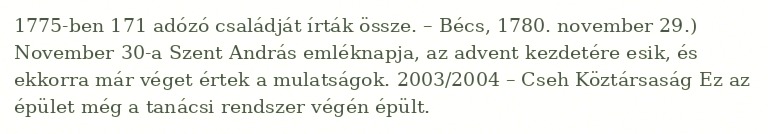
1775-ben 171 adózó családját írták össze. – Bécs, 1780. november 29.) November 30-a Szent András emléknapja, az advent kezdetére esik, és ekkorra már véget értek a mulatságok. 2003/2004 – Cseh Köztársaság Ez az épület még a tanácsi rendszer végén épült.